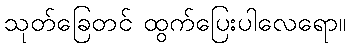
သုတ်ခြေတင် ထွက်ပြေးပါလေရော။